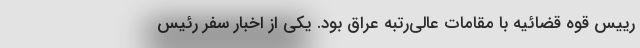
رییس قوه قضائیه با مقامات عالی‌رتبه عراق بود. یکی از اخبار سفر رئیس